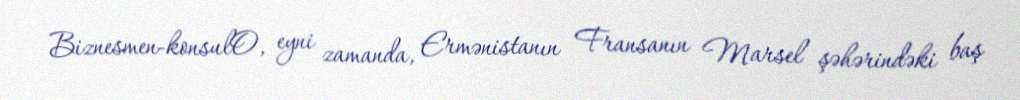
Biznesmen-konsulO, eyni zamanda, Ermənistanın Fransanın Marsel şəhərindəki baş